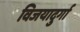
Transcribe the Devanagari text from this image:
विजयादुर्गा